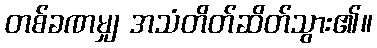
တစ်ခဏမျှ အသံတိတ်ဆိတ်သွား၏။